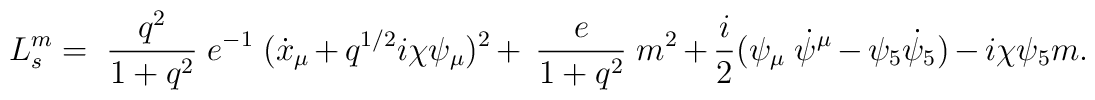
L_{s}^m = \; \frac{q^2}{1 + q^2}\; e^{-1} \; ( \dot x_{\mu}+ q^{1/2} i \chi \psi_{\mu})^2+ \; \frac{e}{1 + q^2}\;  m^2  + \frac{i}{2}(\psi_{\mu}\;\dot \psi^{\mu} - \psi_{5} \dot \psi_{5})- i \chi \psi_{5} m.